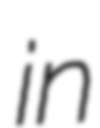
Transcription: in